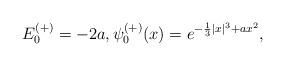
LaTeX: \begin{align*} E_0^{(+)} = - 2a, \psi_0^{(+)}(x) = e^{-\frac{1}{3} |x|^3 + a x^2},\end{align*}